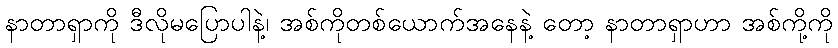
နာတာရှာကို ဒီလိုမပြောပါနဲ့၊ အစ်ကိုတစ်ယောက်အနေနဲ့ တော့ နာတာရှာဟာ အစ်ကို့ကို